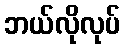
ဘယ်လိုလုပ်